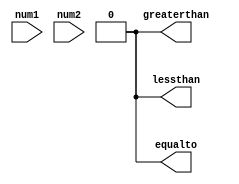
module comparator(
    input [15:0] num1,
    input [15:0] num2,
    output lessthan,
    output equalto,
    output greaterthan
);

assign lessthan = 0;
assign equalto = 0;
assign greaterthan = 0;

// Compare each bit pair and generate output signals
genvar i;
generate
    for(i = 0; i < 16; i = i + 1) begin
        assign lessthan = (num1[i] < num2[i]) ? 1 : lessthan;
        assign equalto = (num1[i] == num2[i]) ? 1 : equalto;
        assign greaterthan = (num1[i] > num2[i]) ? 1 : greaterthan;
    end
endgenerate

// Combine output signals to produce overall comparison result
always @* begin
    if(lessthan) begin
        equalto = 0;
        greaterthan = 0;
    end
    if(equalto) begin
        lessthan = 0;
        greaterthan = 0;
    end
    if(greaterthan) begin
        lessthan = 0;
        equalto = 0;
    end
end

endmodule